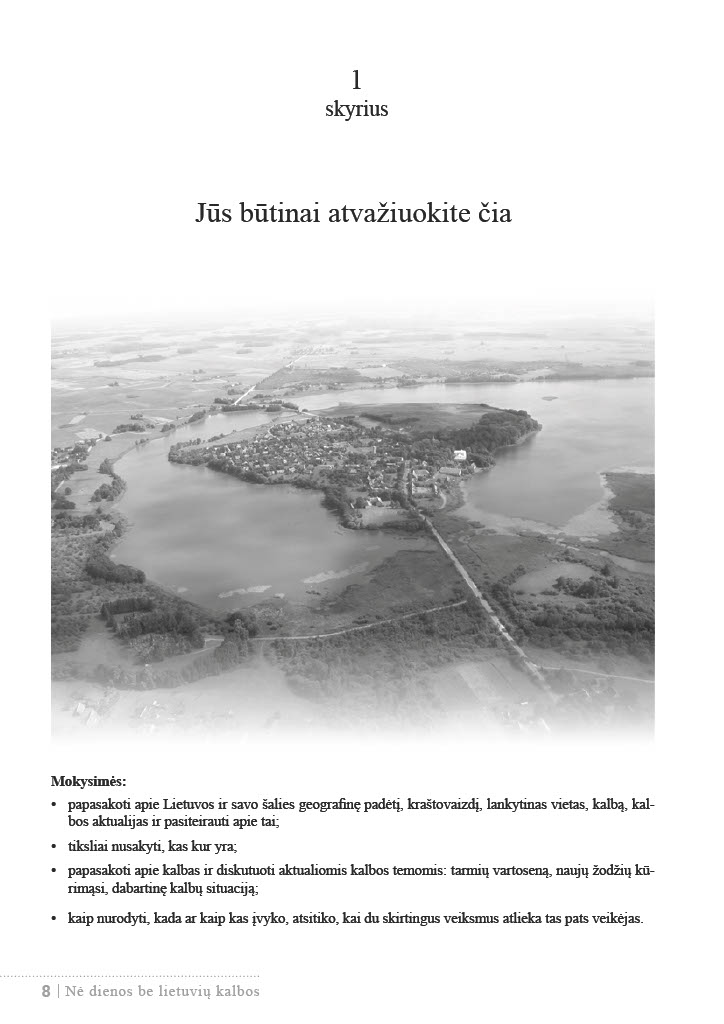
Language: lt